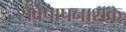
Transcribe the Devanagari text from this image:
सर्वपापनाशक